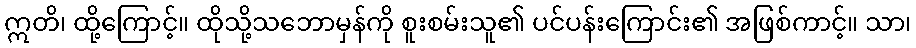
ဣတိ၊ ထို့ကြောင့်။ ထိုသို့သဘောမှန်ကို စူးစမ်းသူ၏ ပင်ပန်းကြောင်း၏ အဖြစ်ကာင့်။ သာ၊